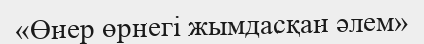
«Өнер өрнегі жымдасқан әлем»